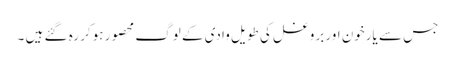
جس سے یارخون اور بروغل کی طویل وادی کے لوگ محصور ہوکر رہ گئے ہیں ۔